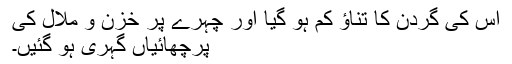
اس کی گردن کا تناﺅ کم ہو گیا اور چہرے پر خزن و ملال کی
پرچھائیاں گہری ہو گئیں۔